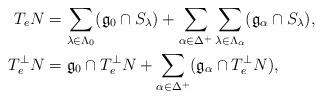
LaTeX: \begin{align*}T_e N &= \sum_{\lambda \in \Lambda_0} (\mathfrak{g}_0 \cap S_\lambda) + \sum_{\alpha \in \Delta^+} \sum_{\lambda \in \Lambda_\alpha} (\mathfrak{g}_\alpha \cap S_\lambda),\\T^\perp_e N &= \mathfrak{g}_0 \cap T^\perp_e N + \sum_{\alpha \in \Delta^+} (\mathfrak{g}_\alpha \cap T^\perp_e N),\end{align*}